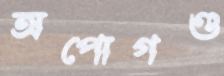
অপোগণ্ড